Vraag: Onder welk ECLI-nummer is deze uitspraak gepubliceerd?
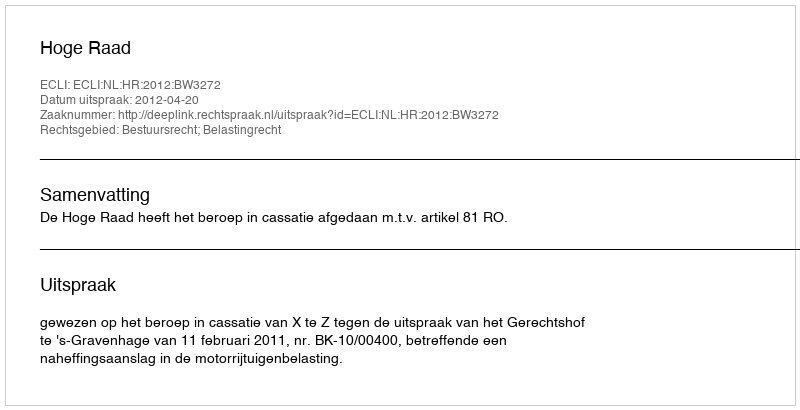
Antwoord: ECLI:NL:HR:2012:BW3272